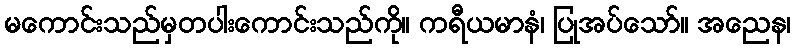
မကောင်းသည်မှတပါးကောင်းသည်ကို။ ကရီယမာနံ၊ ပြုအပ်သော်။ အညေန၊